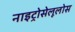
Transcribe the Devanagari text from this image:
नाइट्रोसेलूलोस